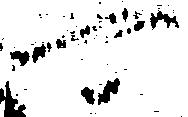
可